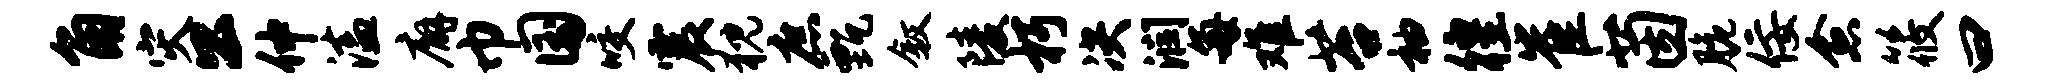
角灾公仲溘廨巾国咬震猊庶甄叙陵朽决润每难苔袖徨崔茵脆佞愈筱曰